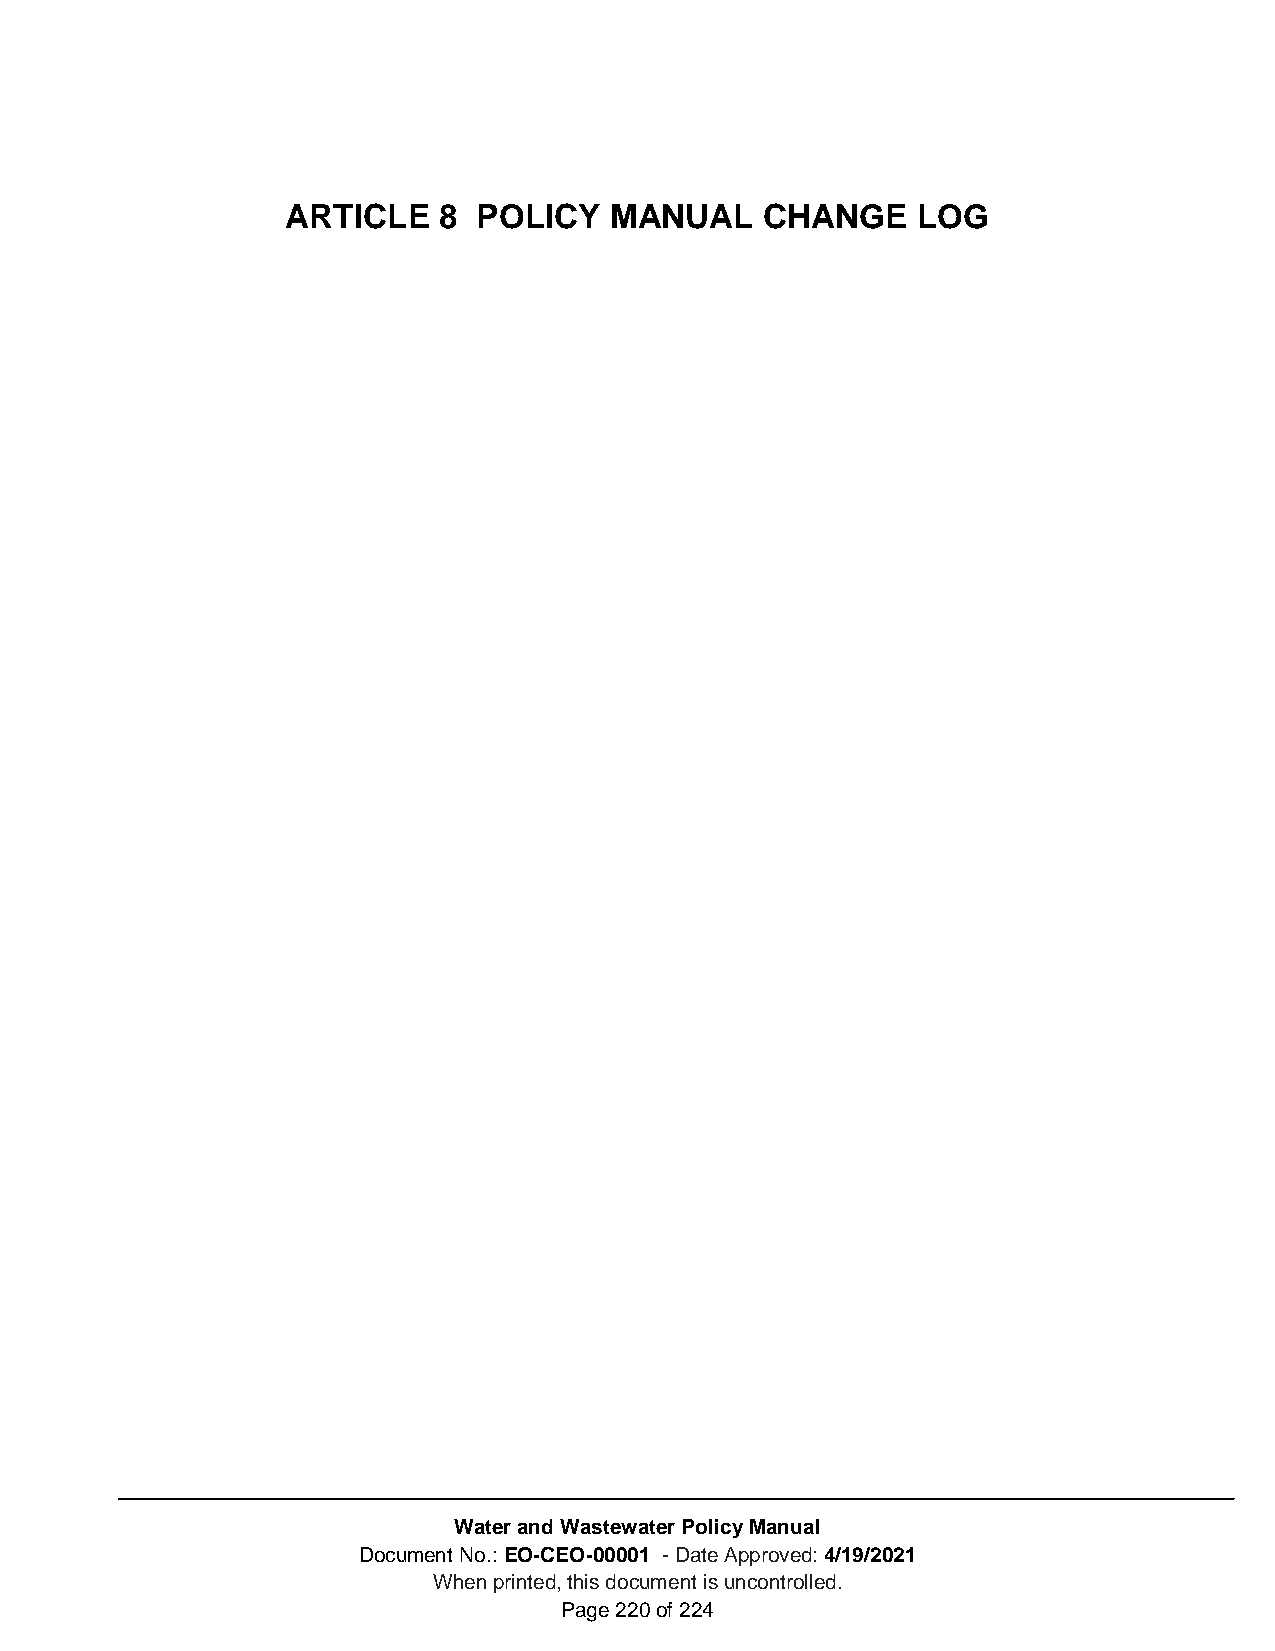
ARTICLE   8  POLICY  MANUAL     CHANGE    LOG
 Water and Wastewater Policy Manual
 Document No.: EO-CEO-00001 - Date Approved: 4/19/2021
 When printed, this document is uncontrolled.
 Page 220 of 224